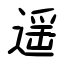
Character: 遥